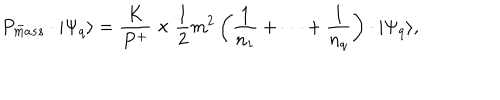
LaTeX: P _ { m a s s } ^ { - } \cdot \vert \Psi _ { q } \rangle = \frac { K } { P ^ { + } } \times \frac { 1 } { 2 } m ^ { 2 } \left( \frac { 1 } { n _ { 1 } } + \cdots + \frac { 1 } { n _ { q } } \right) \cdot \vert \Psi _ { q } \rangle ,